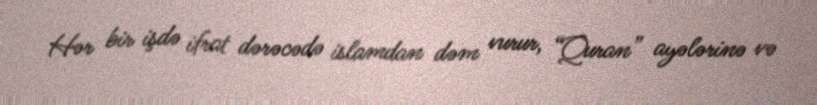
Hər bir işdə ifrat dərəcədə islamdan dəm vurur, “Quran” ayələrinə və